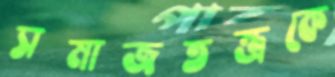
সমাজতন্ত্রকে